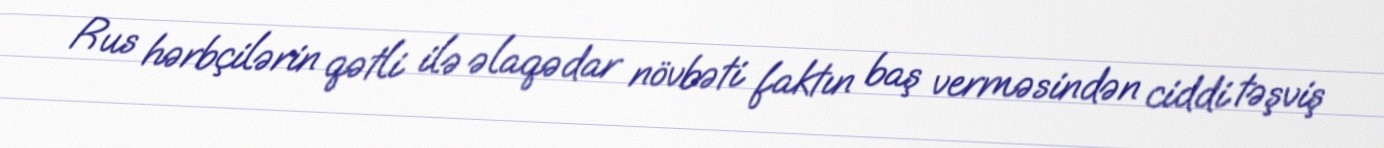
Rus hərbçilərin qətli ilə əlaqədar növbəti faktın baş verməsindən ciddi təşviş